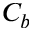
C _ { b }